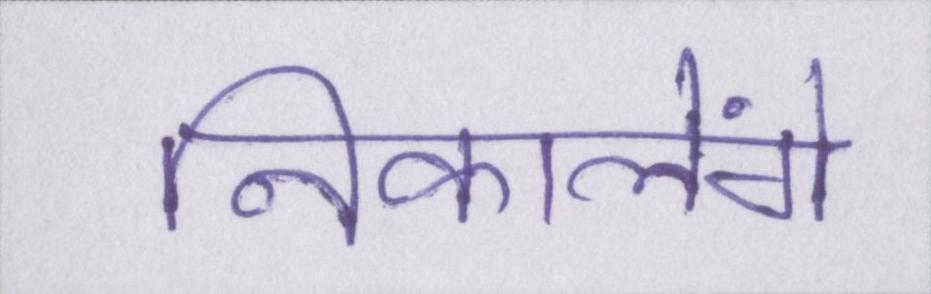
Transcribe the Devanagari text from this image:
निकालेंगे